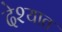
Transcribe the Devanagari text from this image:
देश्यात